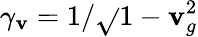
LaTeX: \gamma_{\mathbf{v}}=1/\sqrt{}{{1-\mathbf{v}_{g}^{2}}}